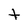
Character: t